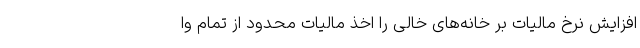
افزایش نرخ مالیات بر خانه‌های خالی را اخذ مالیات محدود از تمام وا